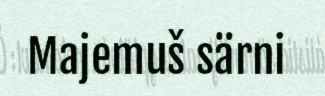
Majemuš särni